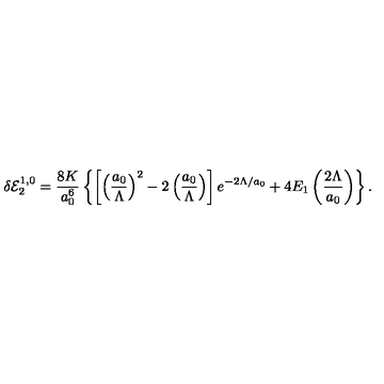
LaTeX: \delta { \cal E } _ { 2 } ^ { 1 , 0 } = \frac { 8 K } { a _ { 0 } ^ { 6 } } \left\{ \left[ \left( \frac { a _ { 0 } } { \Lambda } \right) ^ { 2 } - 2 \left( \frac { a _ { 0 } } { \Lambda } \right) \right] e ^ { - 2 \Lambda / a _ { 0 } } + 4 E _ { 1 } \left( \frac { 2 \Lambda } { a _ { 0 } } \right) \right\} { . }